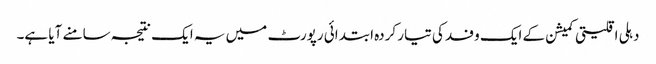
دہلی اقلیتی کمیشن کے ایک وفد کی تیار کردہ ابتدائی رپورٹ میں یہ ایک نتیجہ سامنے آیا ہے۔